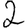
Digit: 2